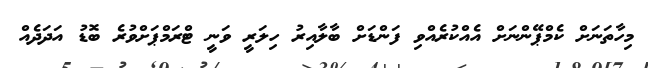
މިހާތަނަށް ކެމްޕޭންނަށް އެއްކުރެއްވި ފަންޑަށް ބާލާއިރު ހިލަރީ ވަނީ ޓްރަމްޕަށްވުރެ ބޮޑު އަދަދެއް